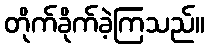
တိုက်ခိုက်ခဲ့ကြသည်။